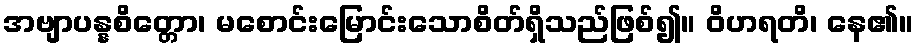
အဗျာပန္နစိတ္တော၊ မစောင်းမြောင်းသောစိတ်ရှိသည်ဖြစ်၍။ ဝိဟရတိ၊ နေ၏။